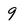
Character: 9